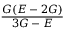
\frac { G ( E - 2 G ) } { 3 G - E }